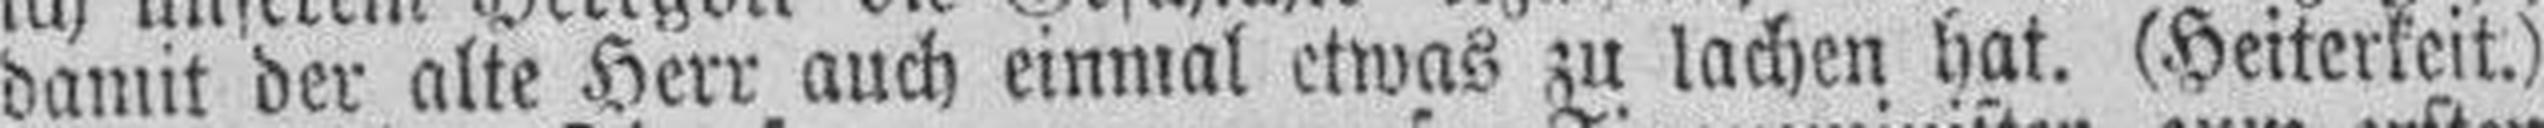
damit der alte Herr auch einmal etwas zu lachen hat. (Heiterkeit.)